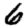
Digit: 6